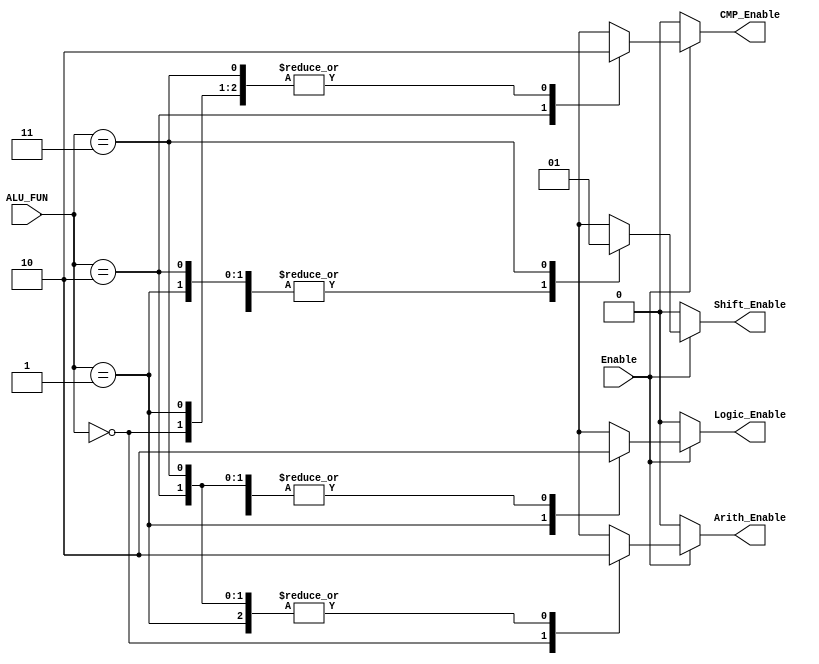
module Decoder2X4
#(parameter Width = 1) 
(
    input wire Enable,
    input wire [1:0]    ALU_FUN,
    output reg [Width-1:0]         Arith_Enable,Logic_Enable,CMP_Enable,Shift_Enable
);
    
always @(*) 
begin
    Arith_Enable = 1'b0;
    Logic_Enable = 1'b0;
    CMP_Enable = 1'b0;
    Shift_Enable = 1'b0;
    if(Enable)
    begin
       case (ALU_FUN)
        2'b00: Arith_Enable = 1'b1;
        2'b01: Logic_Enable = 1'b1;
        2'b10: CMP_Enable = 1'b1;
        2'b11: Shift_Enable = 1'b1; 
        default: 
        begin
            Arith_Enable = 1'b0;
            Logic_Enable = 1'b0;
            CMP_Enable = 1'b0;
            Shift_Enable = 1'b0;
        end
    endcase 
    end
    else
    begin
        Arith_Enable = 1'b0;
        Logic_Enable = 1'b0;
        CMP_Enable = 1'b0;
        Shift_Enable = 1'b0;
    end
end

endmodule